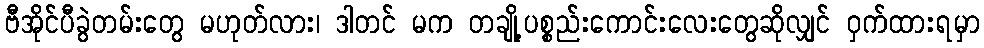
ဗီအိုင်ပီခွဲတမ်းတွေ မဟုတ်လား၊ ဒါတင် မက တချို့ပစ္စည်းကောင်းလေးတွေဆိုလျှင် ဝှက်ထားရမှာ